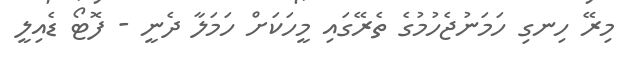
މިރޭ ހިނގި ހަމަނުޖެހުމުގެ ތެރޭގައި މީހަކަށް ހަމަލާ ދެނީ - ފޮޓޯ ޑެއިލީ